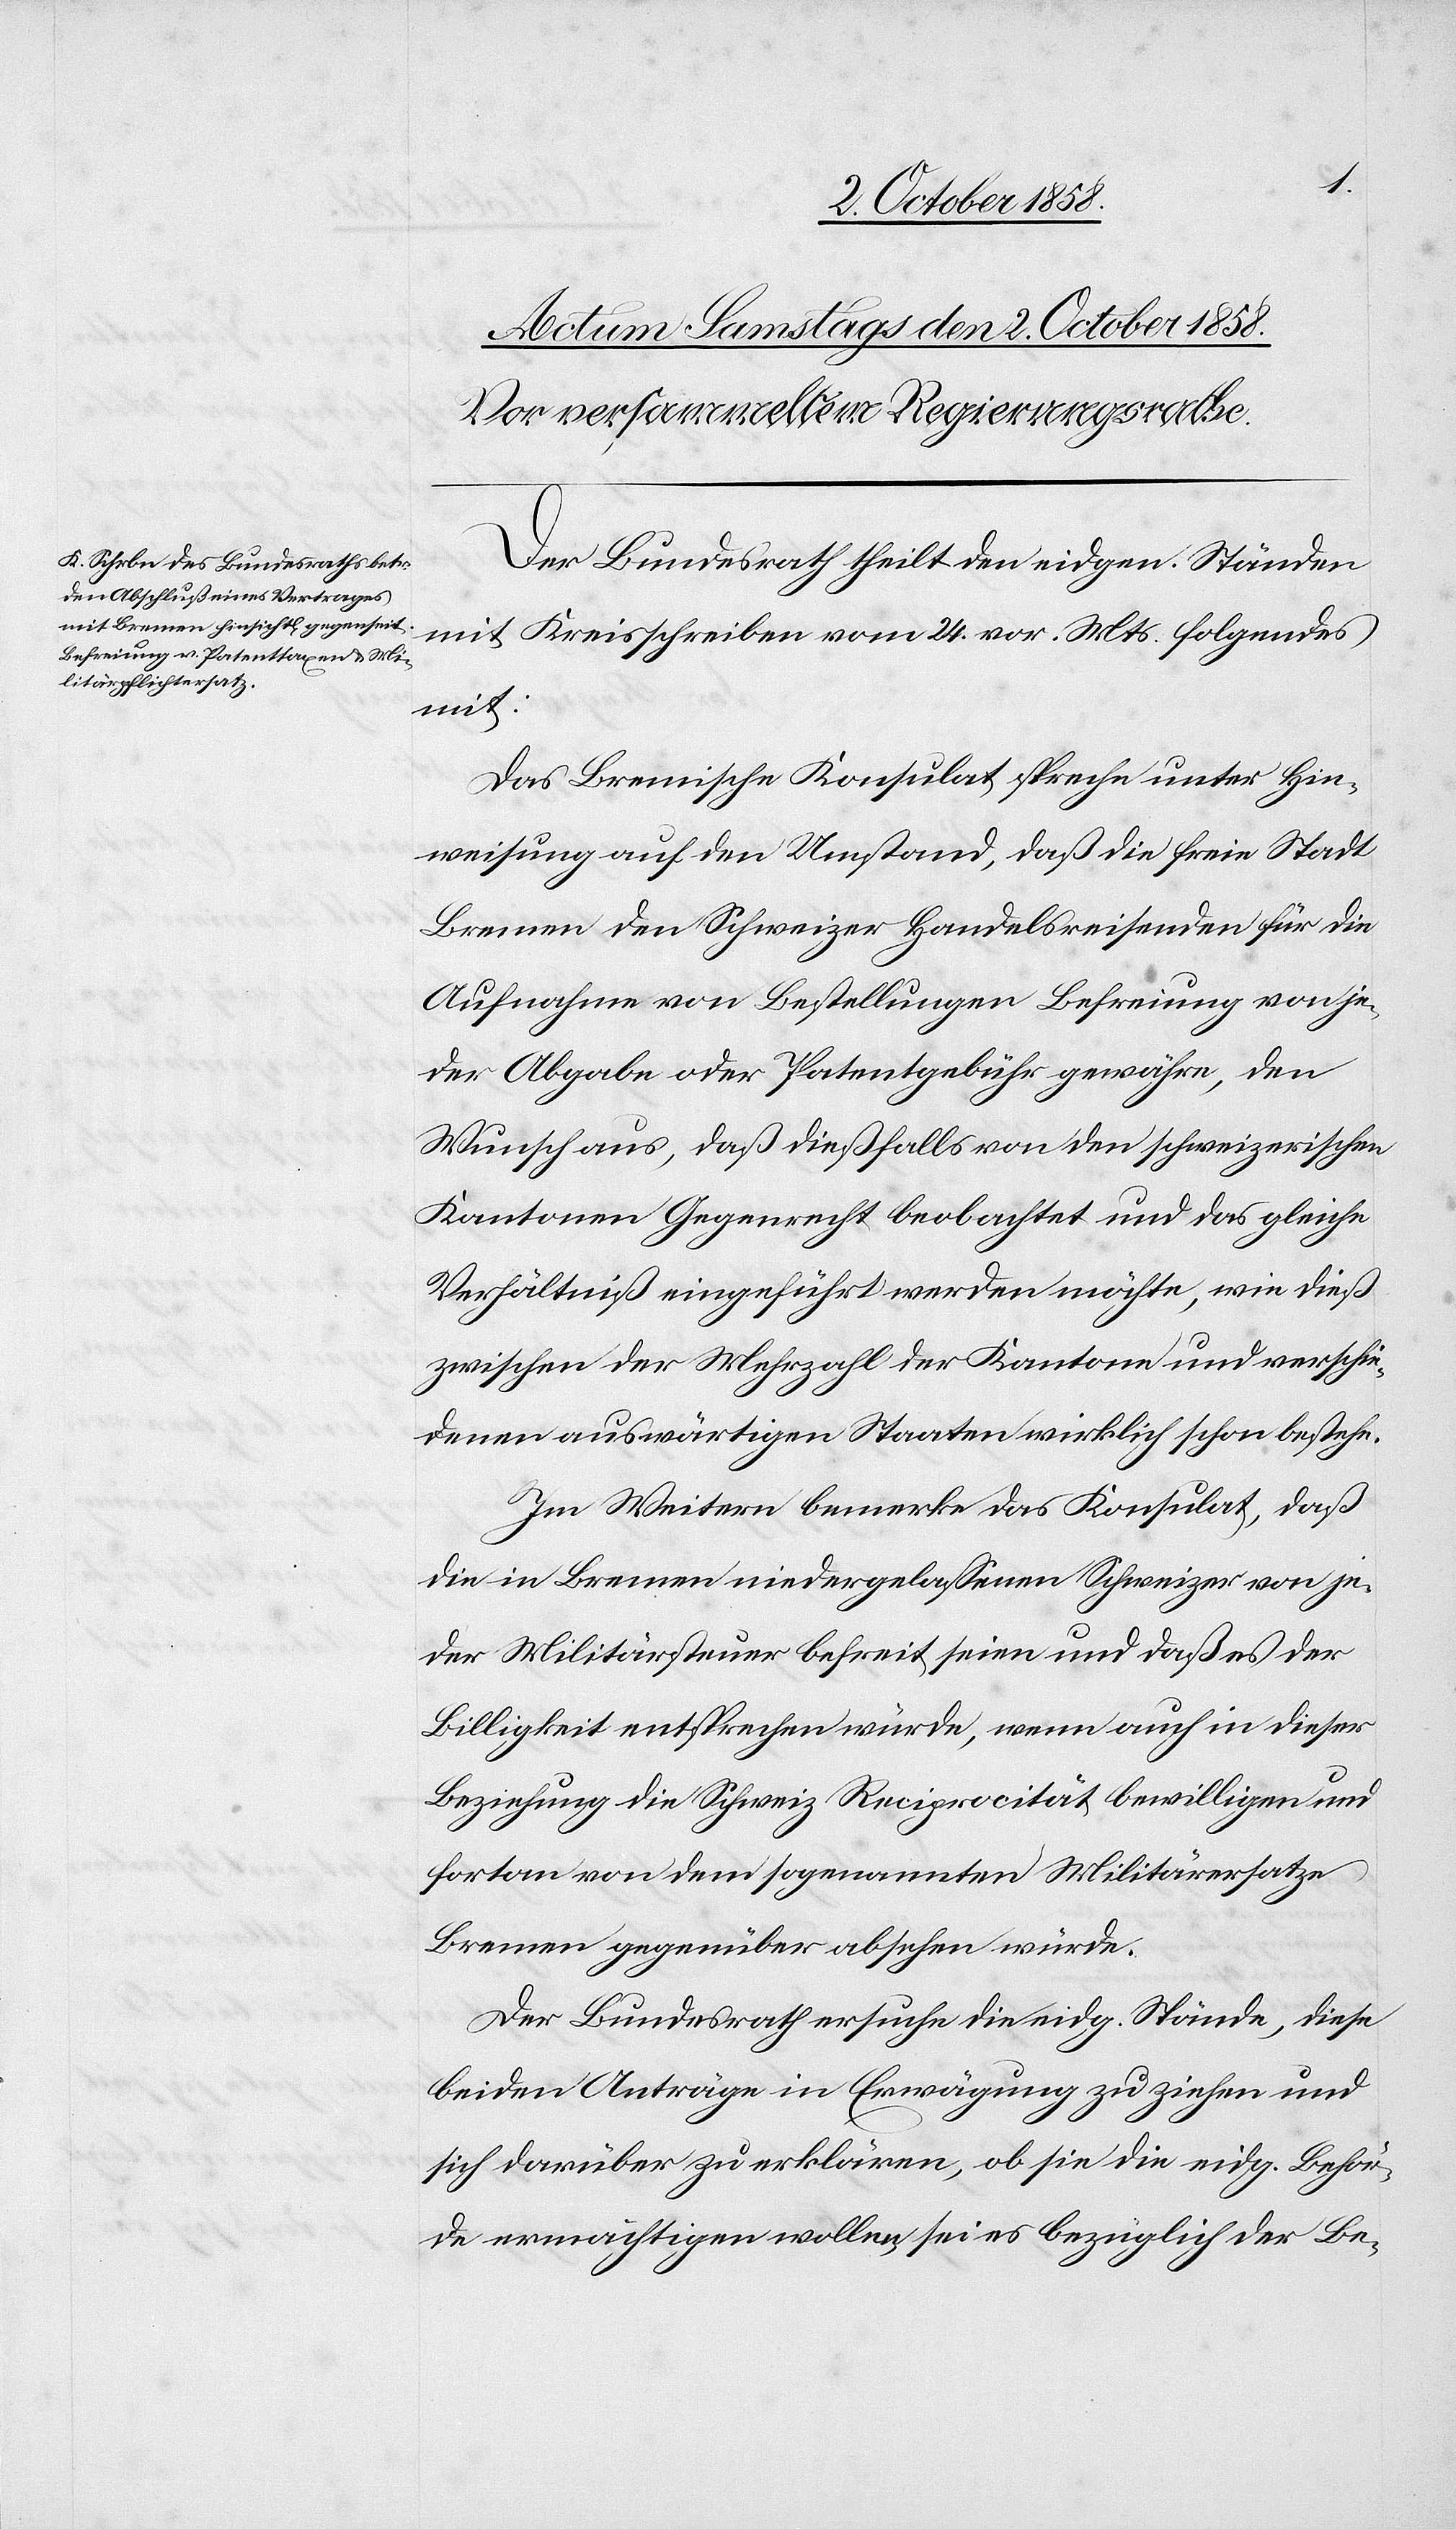
Der Bundesrath theilt den eidgen. Ständen
mit Kreisschreiben vom 24. vor. Mts folgendes
mit:
Das Bremische Konsulat spreche unter Hin¬
weisung auf den Umstand, daß die freie Stadt
Bremen den Schweizer Handelsreisenden für die
Aufnahme von Bestellungen Befreiung von je¬
der Abgabe oder Patentgebühr gewähre, den
Wunsch aus, daß dießfalls von den schweizerischen
Kantonen Gegenrecht beobachtet und das gleiche
Verhältniß eingeführt werden möchte, wie dieß
zwischen der Mehrzahl der Kantone und verschie¬
denen auswärtigen Staaten wirklich schon bestehe.
Im Weitern bemerke das Konsulat, daß
die in Bremen niedergelassenen Schweizer von je¬
der Militärsteuer befreit seien und daß es der
Billigkeit entsprechen würde, wenn auch in dieser
Beziehung die Schweiz Reciprocität bewilligen und
fortan von dem sogenannten Militärersatze
Bremen gegenüber absehen würde.
Der Bundesrath ersuche die eidg. Stände, diese
beiden Anträge in Erwägung zu ziehen und
sich darüber zu erklären, ob sie die eidg. Behör¬
de ermächtigen wollen, sei es bezüglich der Be-